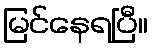
မြင်နေရပြီ။